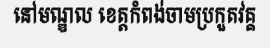
នៅមណ្ឌល ខេត្តកំពង់ចាមប្រកួតវគ្គ